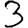
Digit: 3